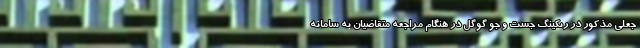
جعلی مذکور در رنکینگ جست و جو گوگل در هنگام مراجعه متقاضیان به سامانه